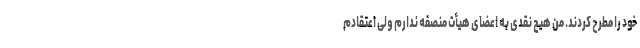
خود را مطرح کردند. من هیچ نقدی به اعضای هیأت منصفه ندارم ولی اعتقادم